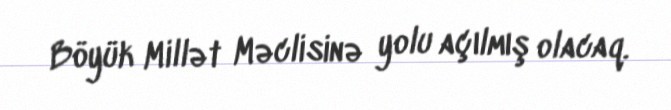
Böyük Millət Məclisinə yolu açılmış olacaq.